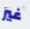
غير